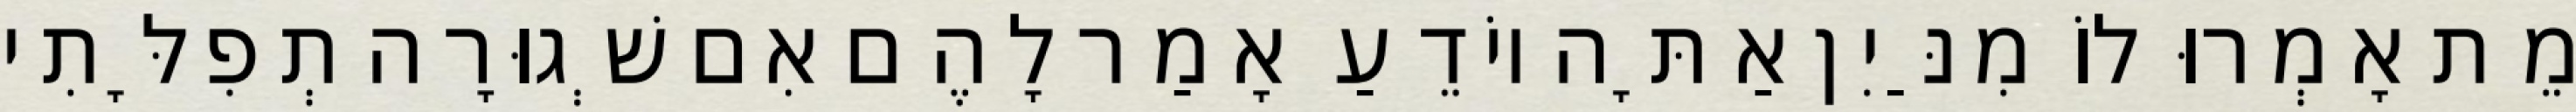
מֵת אָמְרוּ לוֹ מִנַּיִן אַתָּה יוֹדֵעַ אָמַר לָהֶם אִם שְׁגוּרָה תְפִלָּתִי